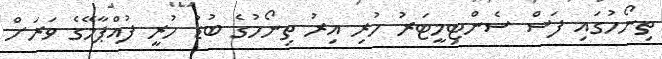
ތިނޯހުގައި ފަސް ސެންޓިމީޓަރު ހުރި އިރު ތިނޯހުގެ ބުޑު ހުރީ ފުއްޕާމޭގެ ވަރަށް